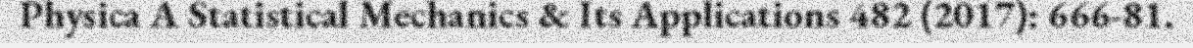
Physica A Statistical Mechanics & Its Applications 482 (2017): 666-81.